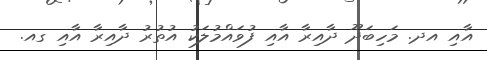
އާއި އދ. މަހިބަދޫ ދާއިރާ އާއި ފުވައްމުލަކު އުތުރު ދާއިރާ އާއި ގއ.